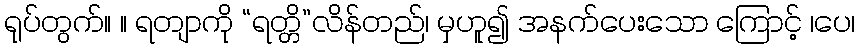
ရုပ်တွက်။ ။ ရတျာကို “ရတ္တိ”လိန်တည်၊ မှဟူ၍ အနက်ပေးသော ကြောင့် ၊ပေ၊